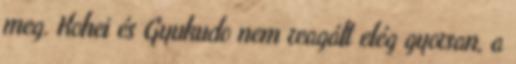
meg. Kohei és Gyukudo nem reagált elég gyorsan, a